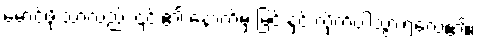
မောင်ဖိုးသာလည်း ၎င်း၏ နောက်မှ မြင်းနှင့် လိုက်ပါသွားရလေ၏။